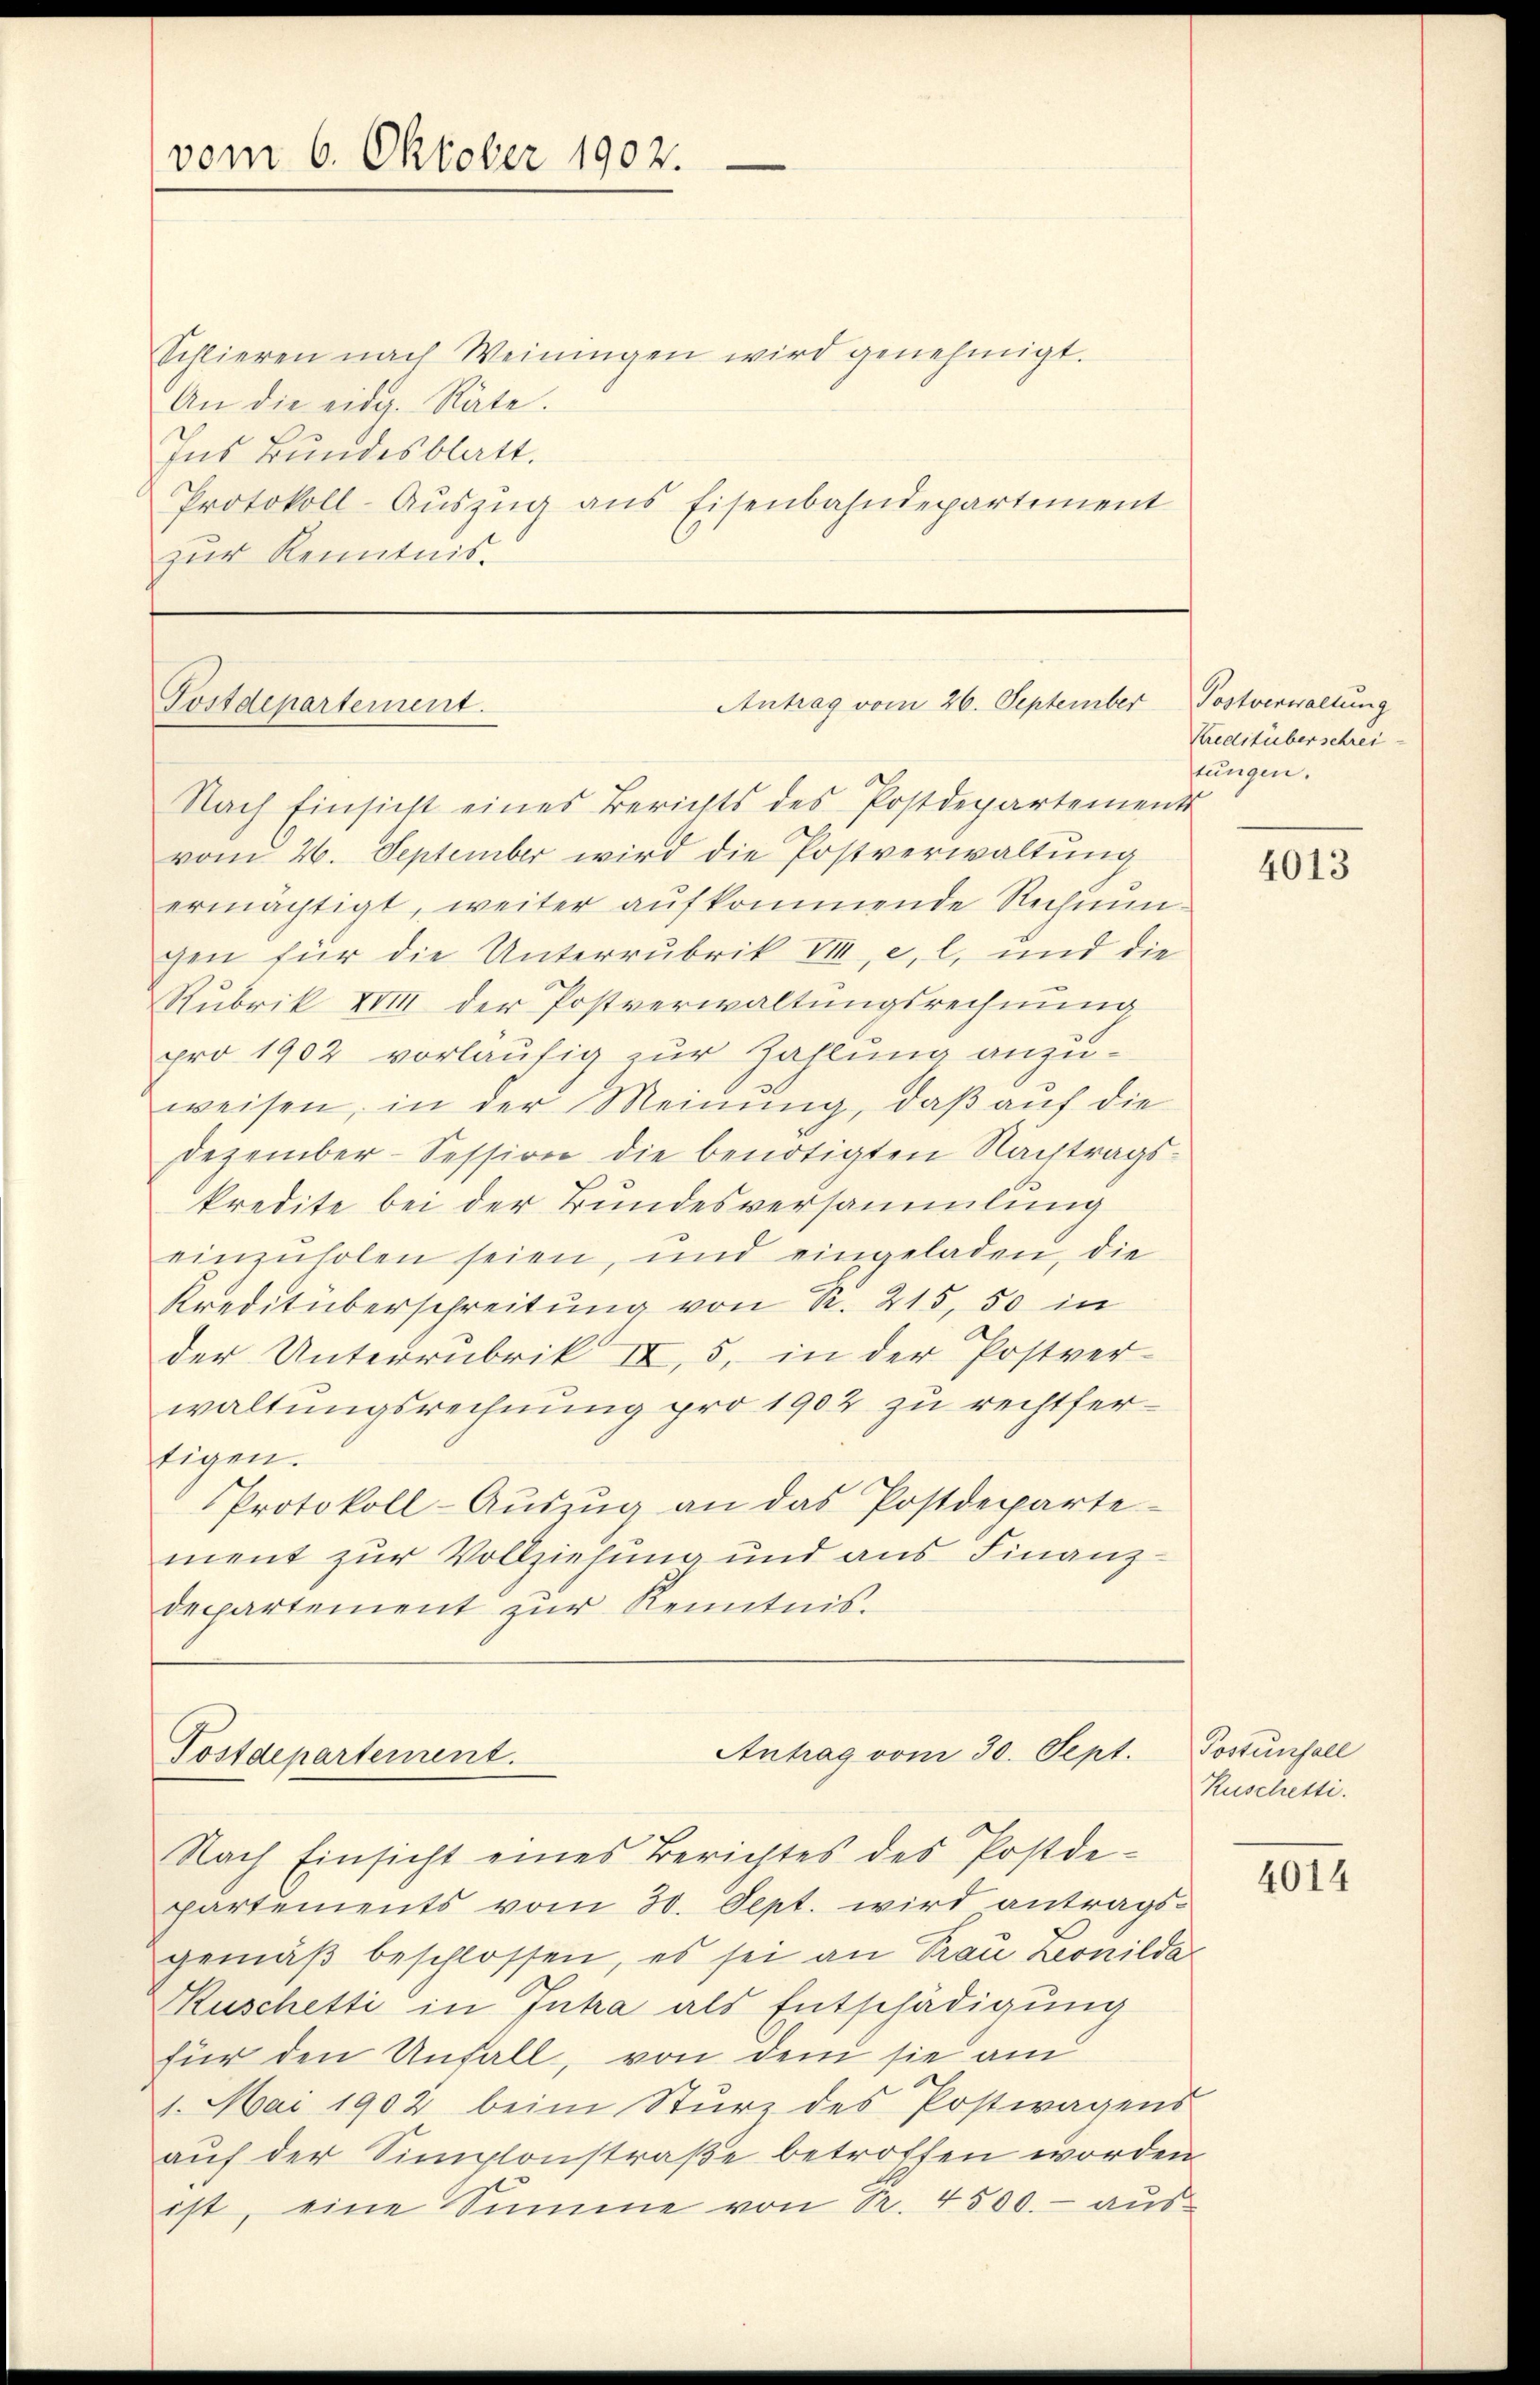
vom 6. Oktober 1902.

Schlieren nach Weiningen wird genehmigt.
An die eidg. Rate.
Ins Bundesblatt.
Protokoll-Aŭszŭg ans Eisenbahndepartement
zur Kenntnis.

Antrag vom 26. September
Postdepartement.
Nach Einsicht eines Berichts des Postdepartements

vom 26. September wird die Postverwaltung
ermächtigt, weiter aufkommende Rechnungen für die Unterrubrik VII, c. l. und die
Rubrik XVIII der Postverwaltungsrechnung
pro 1902 vorläufig zur Zahlung anzuweisen, in der Meinung, daß auf die
Dezember-Session die benötigten Nachtrags-
kredite bei der Bundesversammlung
einzŭholen seien, und eingeladen, die
Kreditüberschreitung von R. 215, 50 in
der Unterrubrik II, 5, in der Postver-
waltungsrechnung pro 1902 zu rechtfertigen.
Protokoll-Auszug an das Postdeparte-
ment zur Vollziehung und aus Finanz-
departement zur Kenntnis.

Antrag vom 30. Sept.
Postdepartement.
Nach Einsicht eines Berichtes des Postde-

Postverwaltung
Kreditüber schreitungen.

partements vom 30. Sept. wird antrags-
gemäß beschlossen, es sei an Trau Leonilda
Kuschetti in Intra als Entschädigung
für den Unfall, von dem sie am
1. Mai 1902 beim Sturz des Postwagens
auf der Simplonstraße betroffen worden.
ist, eine Summe von S. 4500.- aŭs-

4013

Postenfall
Ruschetti.

4014